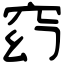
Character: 𥥆